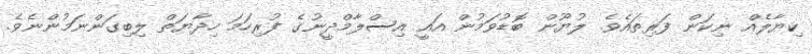
ކިޔާލެއް ނިކަން ފަރިތައެވެ. ލުޔޫން ބޮޑުވަމުން އައީ އިސްލާމްދީނުގެ ފުރިހަމަ ހިދާޔަތް ލިބިގަންނަމުންނެވެ.